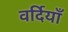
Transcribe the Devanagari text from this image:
वर्दियाँ